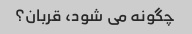
چگونه می شود، قربان؟